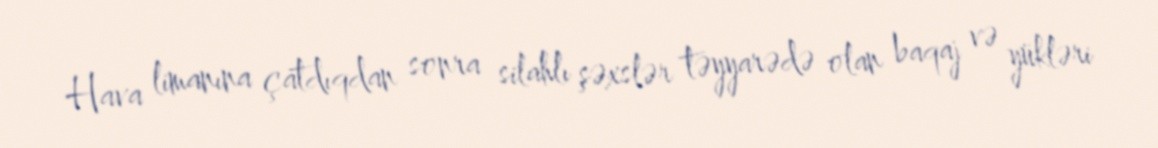
Hava limanına çatdıqdan sonra silahlı şəxslər təyyarədə olan baqaj və yükləri